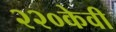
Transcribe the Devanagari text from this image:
२२०केवी